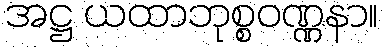
အဋ္ဌ ယထာဘုစ္စဝဏ္ဏနာ။